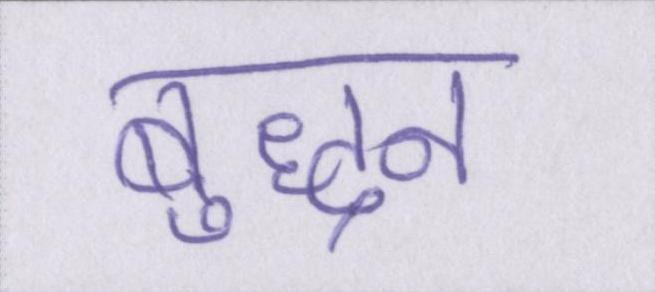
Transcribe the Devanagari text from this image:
बुद्धन